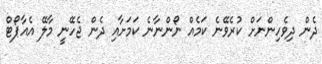
ދެން ދިވެހިންނަށް ކުރެވޭނެ ކަމެއް ނޯންނާނެ ކަމަށާއި ދެން ޖެހޭނީ މާލޭ އެއާޕޯޓް